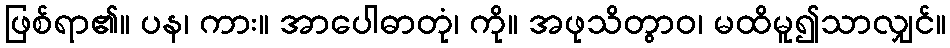
ဖြစ်ရာ၏။ ပန၊ ကား။ အာပေါဓာတုံ၊ ကို။ အဖုသိတွာဝ၊ မထိမူ၍သာလျှင်။